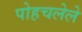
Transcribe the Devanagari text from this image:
पोहचलेले